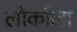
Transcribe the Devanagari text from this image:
लोर्काला